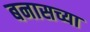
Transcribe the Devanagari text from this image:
बनासच्या